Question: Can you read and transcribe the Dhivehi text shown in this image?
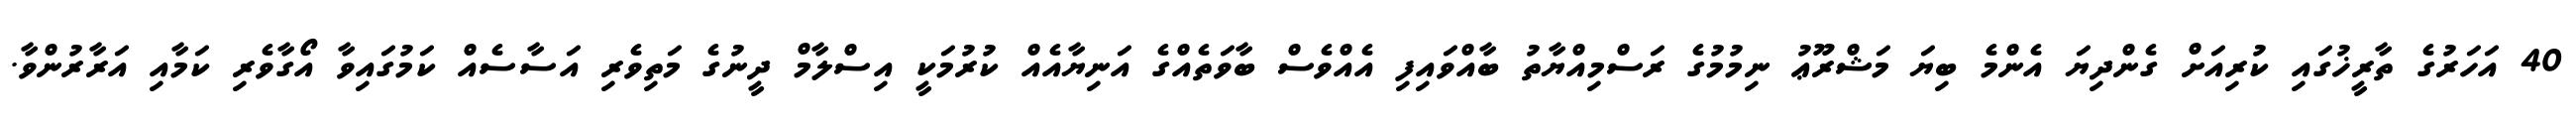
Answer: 40 އަހަރުގެ ތާރީޚުގައި ކުރިއަށް ގެންދިޔަ އެންމެ ބިޔަ މަޝްރޫޢު ނިމުމުގެ ރަސްމިއްޔާތު ބާއްވައިފި އެއްވެސް ބާވަތެއްގެ އަނިޔާއެއް ކުރުމަކީ އިސްލާމް ދީނުގެ މަތިވެރި އަސާސެއް ކަމުގައިވާ އޯގާވެރި ކަމާއި އަރާރުންވާ.